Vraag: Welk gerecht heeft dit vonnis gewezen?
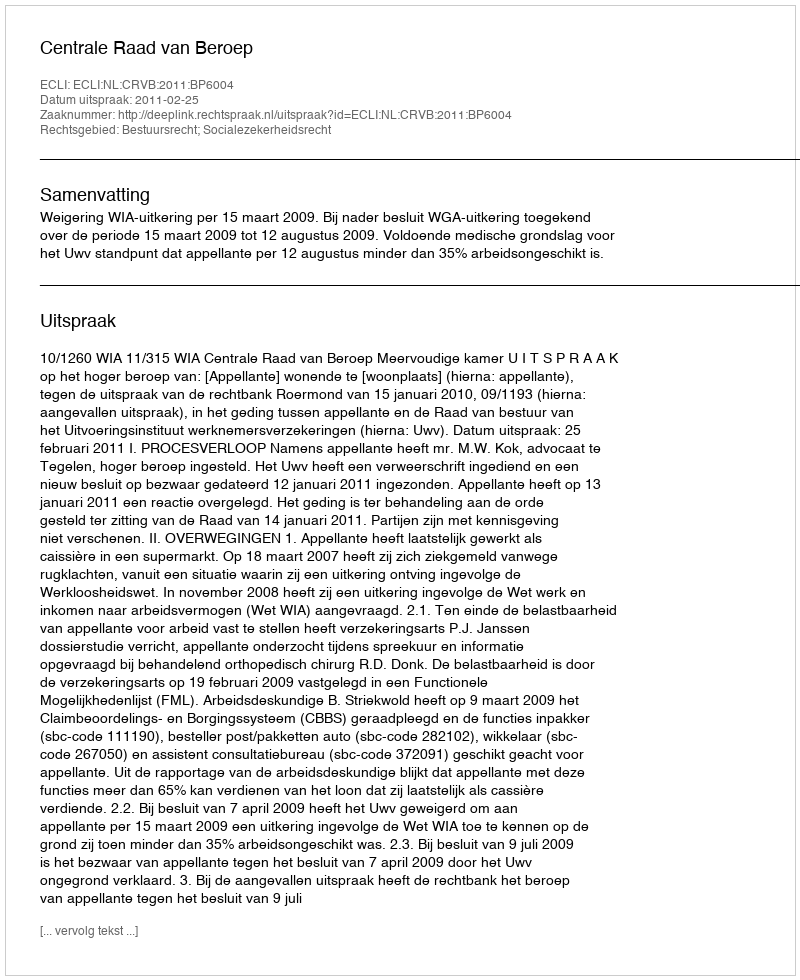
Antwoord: Centrale Raad van Beroep